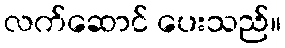
လက်ဆောင် ပေးသည်။